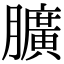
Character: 𦢎